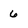
Character: 6